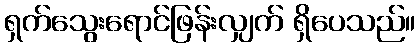
ရှက်သွေးရောင်ဖြန်းလျှက် ရှိပေသည်။